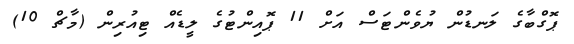
ޕޮގްބާގެ ލަނޑުން ޔުވެންޓަސް އަށް 11 ޕޮއިންޓުގެ ލީޑެއް ޓިއުރިން (މާޗް 10)